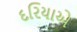
દરિયાએ